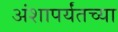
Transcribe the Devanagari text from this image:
अंशापर्यंतच्या